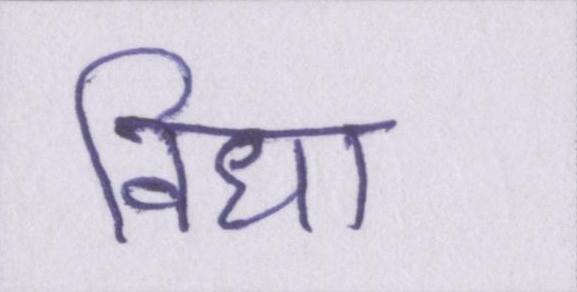
विधा